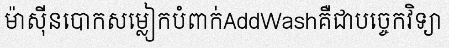
ម៉ាស៊ីនបោកសម្លៀកបំពាក់AddWashគឺជាបច្ចេកវិទ្យា